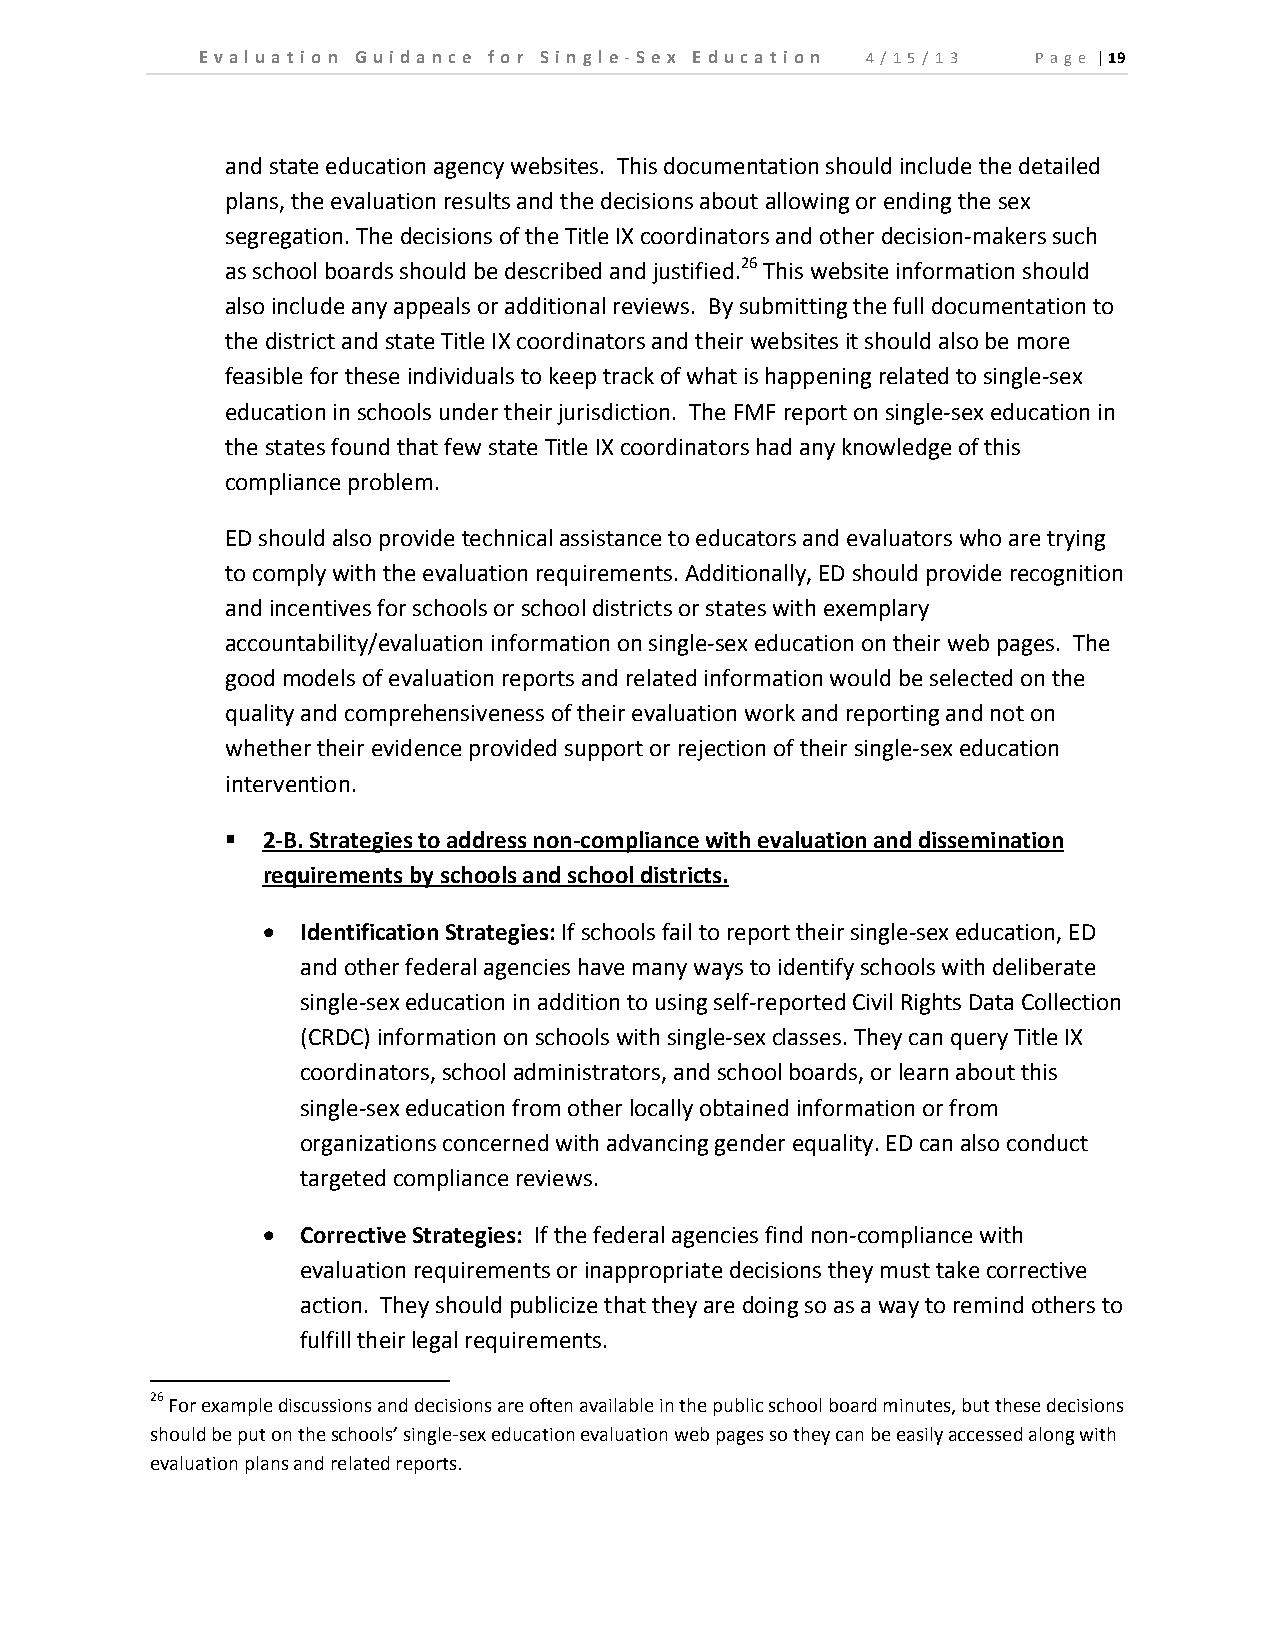
E v a l u a t i o n Gu id an c e fo r Si n gl e ‐ Se x E d u c a t io n 4/1 5/ 13 P a g e | 19
 and state education agency websites. This documentation should include the detailed
 plans, the evaluation results and the decisions about allowing or ending the sex
 segregation. The decisions of the Title IX coordinators and other decision‐makers such
 as school boards should be described and justified.26 This website information should
 also include any appeals or additional reviews. By submitting the full documentation to
 the district and state Title IX coordinators and their websites it should also be more
 feasible for these individuals to keep track of what is happening related to single‐sex
 education in schools under their jurisdiction. The FMF report on single‐sex education in
 the states found that few state Title IX coordinators had any knowledge of this
 compliance problem.
 ED should also provide technical assistance to educators and evaluators who are trying
 to comply with the evaluation requirements. Additionally, ED should provide recognition
 and incentives for schools or school districts or states with exemplary
 accountability/evaluation information on single‐sex education on their web pages. The
 good models of evaluation reports and related information would be selected on the
 quality and comprehensiveness of their evaluation work and reporting and not on
 whether their evidence provided support or rejection of their single‐sex education
 intervention.
  2‐B. Strategies to address non‐compliance with evaluation and dissemination
 requirements by schools and school districts.
   Identification Strategies: If schools fail to report their single‐sex education, ED
 and other federal agencies have many ways to identify schools with deliberate
 single‐sex education in addition to using self‐reported Civil Rights Data Collection
 (CRDC) information on schools with single‐sex classes. They can query Title IX
 coordinators, school administrators, and school boards, or learn about this
 single‐sex education from other locally obtained information or from
 organizations concerned with advancing gender equality. ED can also conduct
 targeted compliance reviews.
   Corrective Strategies: If the federal agencies find non‐compliance with
 evaluation requirements or inappropriate decisions they must take corrective
 action. They should publicize that they are doing so as a way to remind others to
 fulfill their legal requirements.
 26 For example discussions and decisions are often available in the public school board minutes, but these decisions
 should be put on the schools’ single‐sex education evaluation web pages so they can be easily accessed along with
 evaluation plans and related reports.